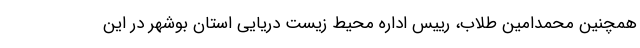
همچنین محمدامین طلاب، رییس اداره محیط زیست دریایی استان بوشهر در این